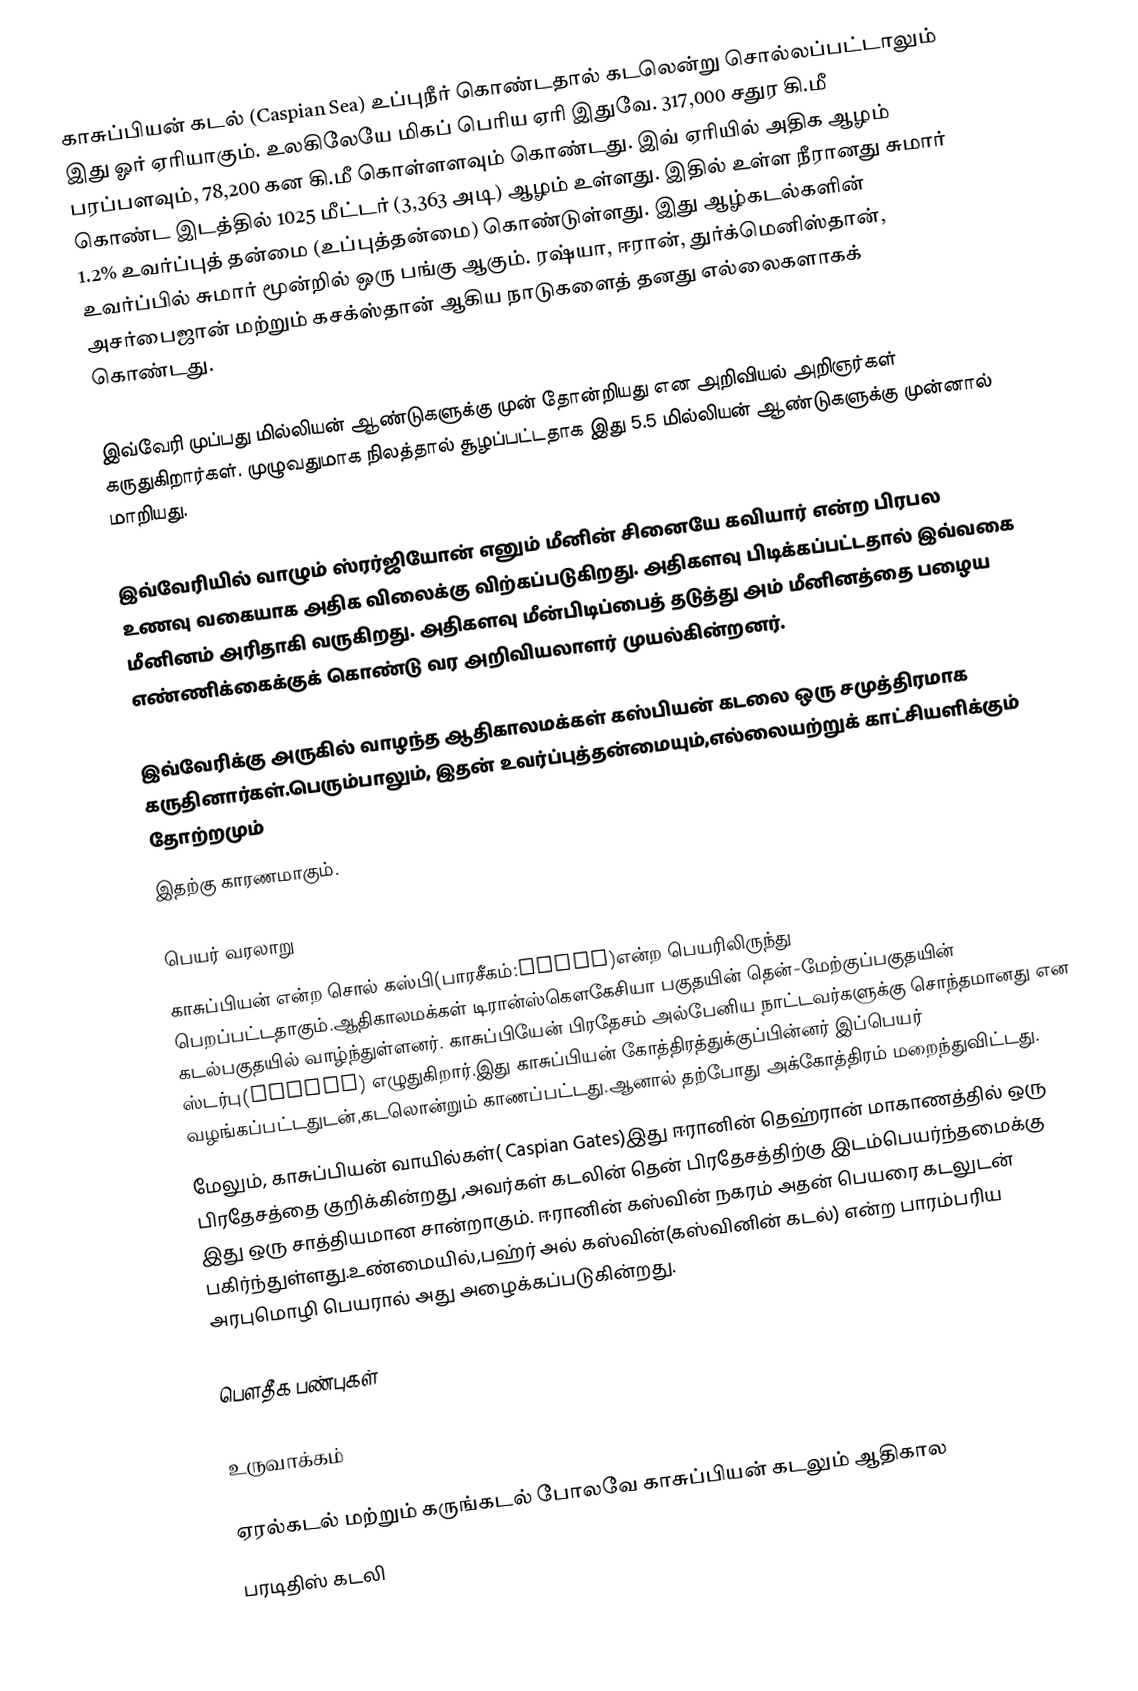
காசுப்பியன் கடல் (Caspian Sea) உப்புநீர் கொண்டதால் கடலென்று சொல்லப்பட்டாலும் இது ஓர் ஏரியாகும். உலகிலேயே மிகப் பெரிய ஏரி இதுவே. 317,000 சதுர கி.மீ பரப்பளவும், 78,200 கன கி.மீ கொள்ளளவும் கொண்டது. இவ் ஏரியில் அதிக ஆழம் கொண்ட இடத்தில் 1025 மீட்டர் (3,363 அடி) ஆழம் உள்ளது. இதில் உள்ள நீரானது சுமார் 1.2% உவர்ப்புத் தன்மை (உப்புத்தன்மை) கொண்டுள்ளது. இது ஆழ்கடல்களின் உவர்ப்பில் சுமார் மூன்றில் ஒரு பங்கு ஆகும். ரஷ்யா, ஈரான், துர்க்மெனிஸ்தான், அசர்பைஜான் மற்றும் கசக்ஸ்தான் ஆகிய நாடுகளைத் தனது எல்லைகளாகக் கொண்டது.

இவ்வேரி முப்பது மில்லியன் ஆண்டுகளுக்கு முன் தோன்றியது என அறிவியல் அறிஞர்கள் கருதுகிறார்கள். முழுவதுமாக நிலத்தால் சூழப்பட்டதாக இது 5.5 மில்லியன் ஆண்டுகளுக்கு முன்னால் மாறியது.

இவ்வேரியில் வாழும் ஸ்ரர்ஜியோன் எனும் மீனின் சினையே கவியார் என்ற பிரபல உணவு வகையாக அதிக விலைக்கு விற்கப்படுகிறது. அதிகளவு பிடிக்கப்பட்டதால் இவ்வகை மீனினம் அரிதாகி வருகிறது. அதிகளவு மீன்பிடிப்பைத் தடுத்து அம் மீனினத்தை பழைய எண்ணிக்கைக்குக் கொண்டு வர அறிவியலாளர் முயல்கின்றனர்.

இவ்வேரிக்கு அருகில் வாழந்த ஆதிகாலமக்கள் கஸ்பியன் கடலை ஒரு சமுத்திரமாக கருதினார்கள்.பெரும்பாலும், இதன் உவர்ப்புத்தன்மையும்,எல்லையற்றுக் காட்சியளிக்கும் தோற்றமும்
இதற்கு காரணமாகும்.

பெயர் வரலாறு
காசுப்பியன் என்ற சொல் கஸ்பி(பாரசீகம்:کاسپی)என்ற பெயரிலிருந்து பெறப்பட்டதாகும்.ஆதிகாலமக்கள் டிரான்ஸ்கெளகேசியா பகுதயின் தென்-மேற்குப்பகுதயின் கடல்பகுதயில் வாழ்ந்துள்ளனர். காசுப்பியேன் பிரதேசம் அல்பேனிய நாட்டவர்களுக்கு சொந்தமானது என ஸ்டர்பு(Strabo) எழுதுகிறார்.இது காசுப்பியன் கோத்திரத்துக்குப்பின்னர் இப்பெயர் வழங்கப்பட்டதுடன்,கடலொன்றும் காணப்பட்டது.ஆனால் தற்போது அக்கோத்திரம் மறைந்துவிட்டது.
மேலும், காசுப்பியன் வாயில்கள்( Caspian Gates)இது ஈரானின் தெஹ்ரான் மாகாணத்தில் ஒரு பிரதேசத்தை குறிக்கின்றது ,அவர்கள் கடலின் தென் பிரதேசத்திற்கு இடம்பெயர்ந்தமைக்கு இது ஒரு சாத்தியமான சான்றாகும். ஈரானின் கஸ்வின் நகரம் அதன் பெயரை கடலுடன் பகிர்ந்துள்ளது.உண்மையில்,பஹ்ர் அல் கஸ்வின்(கஸ்வினின் கடல்) என்ற பாரம்பரிய அரபுமொழி பெயரால் அது அழைக்கப்படுகின்றது.

பெளதீக பண்புகள்

உருவாக்கம்

ஏரல்கடல் மற்றும் கருங்கடல் போலவே காசுப்பியன் கடலும் ஆதிகால
பரடிதிஸ் கடலி